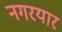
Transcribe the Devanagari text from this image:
नगरयार